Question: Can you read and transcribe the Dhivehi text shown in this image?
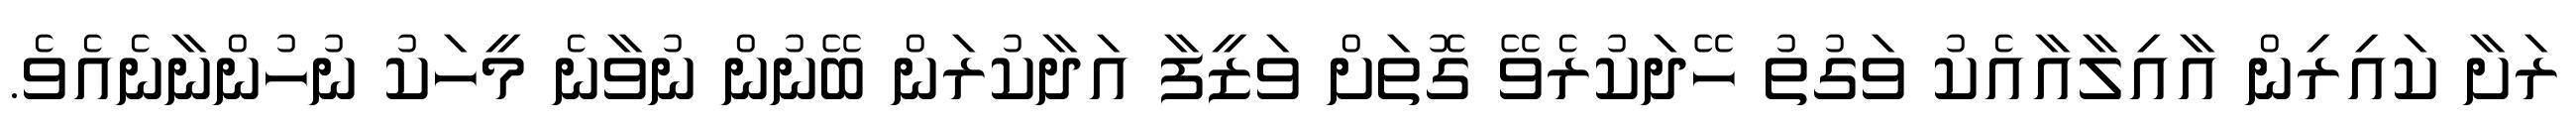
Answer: ރަށާ ކައިރިން އާއިލާއާއެކު ވަގުތު ހޭދަކުރެވޭ ގޮތަށް ވަޒީފާ އަދާކުރަން ބޭނުން ނުވާނެ މީހަކު ނުހުންނާނެއެވެ.